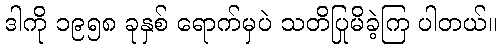
ဒါကို ၁၉၅၈ ခုနှစ် ရောက်မှပဲ သတိပြုမိခဲ့ကြ ပါတယ်။